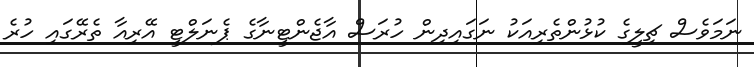
ނަމަވެސް ޗިލީގެ ކުޅުންތެރިއަކު ނަގައިދިން ހުރަސް އާޖެންޓީނާގެ ޕެނަލްޓީ އޭރިއާ ތެރޭގައި ހުރެ